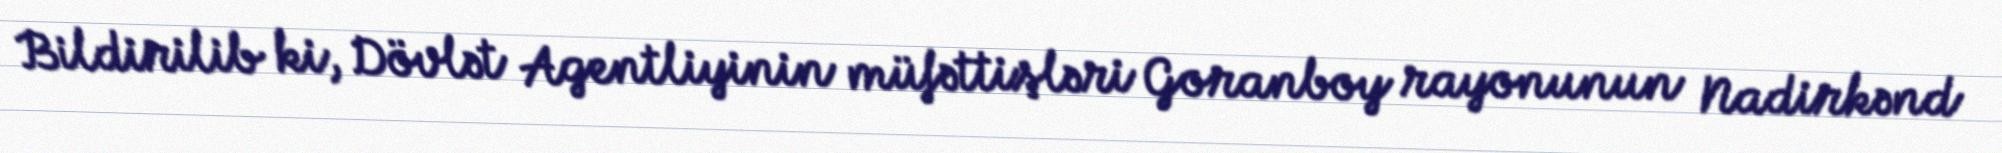
Bildirilib ki, Dövlət Agentliyinin müfəttişləri Goranboy rayonunun Nadirkənd